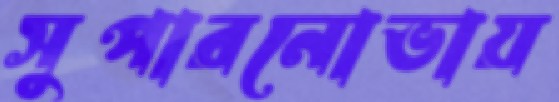
সুপারনোভায়